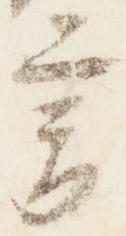
言